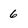
Character: 6